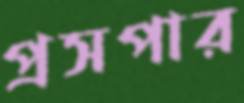
প্রসপার